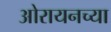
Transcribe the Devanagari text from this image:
ओरायनच्या